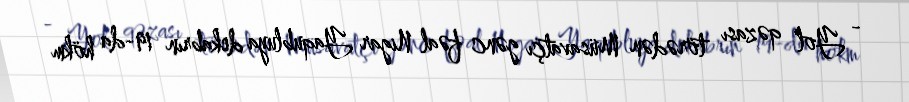
- Yol qəzası törədən Müsavatçı gənc fəal Nigar Yaqubluya dekabrın 19-da hökm